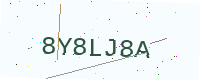
Text: 8Y8LJ8A